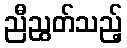
ညီညွတ်သည့်